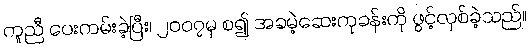
ကူညီ ပေးကမ်းခဲ့ပြီး၊ ၂၀၀၇မှ စ၍ အခမဲ့ဆေးကုခန်းကို ဖွင့်လှစ်ခဲ့သည်။